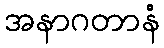
အနာဂတာနံ